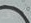
تعرف